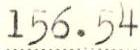
156.54